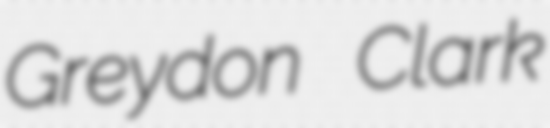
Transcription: Greydon Clark